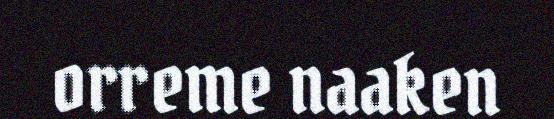
orreme naaken